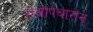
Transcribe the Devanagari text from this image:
राजोपचारान्